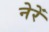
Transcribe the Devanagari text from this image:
नेरें